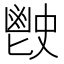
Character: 𩰡